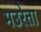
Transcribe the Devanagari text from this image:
मउरेता